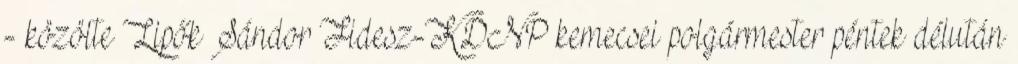
- közölte Lipők Sándor Fidesz-KDNP kemecsei polgármester péntek délután